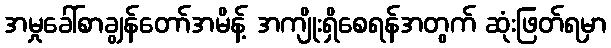
အမှုခေါ်စာချွန်တော်အမိန့် အကျိုးရှိစေရန်အတွက် ဆုံးဖြတ်ရမှာ